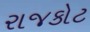
રાજકોટ